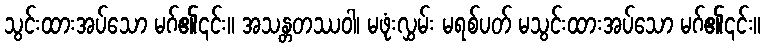
သွင်းထားအပ်သော မဂ်၏၎င်း။ အသန္တတဿဝါ၊ မဖုံးလွှမ်း မရစ်ပတ် မသွင်းထားအပ်သော မဂ်၏၎င်း။